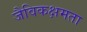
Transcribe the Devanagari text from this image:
जैविकक्षमता